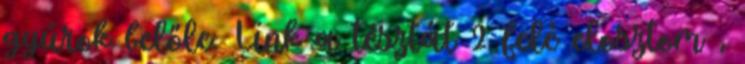
gyúrok belőle. Link a tésztát 2 felé elosztom ,